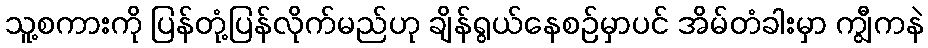
သူ့စကားကို ပြန်တုံ့ပြန်လိုက်မည်ဟု ချိန်ရွယ်နေစဉ်မှာပင် အိမ်တံခါးမှာ ကျွီကနဲ